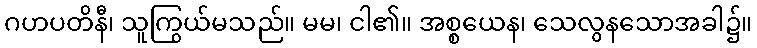
ဂဟပတိနီ၊ သူကြွယ်မသည်။ မမ၊ ငါ၏။ အစ္စယေန၊ သေလွနသောအခါ၌။